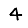
Digit: 4